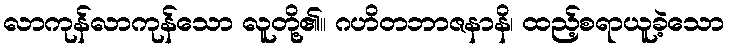
လာကုန်လာကုန်သော လူတို့၏။ ဂဟိတဘာဇနာနိ၊ ထည့်စရာယူခဲ့သော